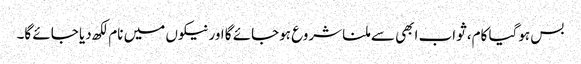
بس ہوگیا کام، ثواب ابھی سے ملنا شروع ہوجائے گا اور نیکوں میں نام لکھ دیا جائے گا۔